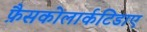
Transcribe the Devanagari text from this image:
फ़ैसकोलार्कटिडाए